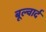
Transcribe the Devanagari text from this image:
बूल्वार्द